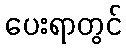
ပေးရာတွင်